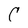
Character: C